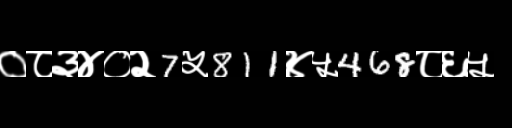
Text: ०८३४०२7५811४५468८६५